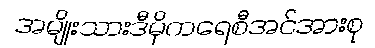
အမျိုးသားဒီမိုကရေစီအင်အားစု